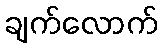
ချက်လောက်